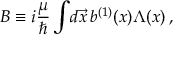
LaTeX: B \equiv i { \frac { \mu } { \hbar } } \int \! d \vec { x } \, b ^ { ( 1 ) } ( x ) \Lambda ( x ) \, ,